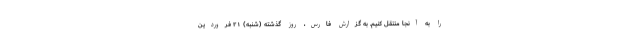
را به آنجا منتقل کنیم. به گزارش فارس، روز گذشته (شنبه) ۲۱ فروردین